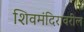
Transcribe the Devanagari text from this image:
शिवमंदिरावरील